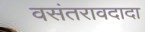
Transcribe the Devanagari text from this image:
वसंतरावदादा